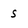
Character: s